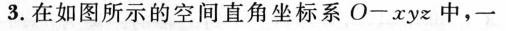
3.在如图所示的空间直角坐标系O-xyz中，一